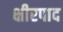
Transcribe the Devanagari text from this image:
क्षीरपाद